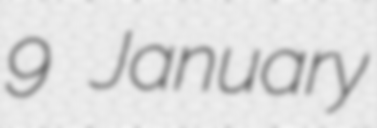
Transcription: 9 January